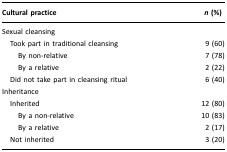
| Cultural practice | n (%) |
 | --- | --- |
 | <COLSPAN=2> Sexual cleansing |
 | Took part in traditional cleansing | 9 (60) |
 | By non-relative | 7 (78) |
 | By a relative | 2 (22) |
 | Did not take part in cleansing ritual | 6 (40) |
 | <COLSPAN=2> Inheritance |
 | Inherited | 12 (80) |
 | By a non-relative | 10 (83) |
 | By a relative | 2 (17) |
 | Not inherited | 3 (20) |